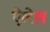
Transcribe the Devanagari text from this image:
ऐलेल